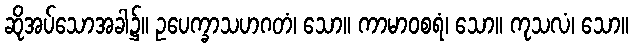
ဆိုအပ်သောအခါ၌။ ဥပေက္ခာသဟဂတံ၊ သော။ ကာမာဝစရံ၊ သော။ ကုသလံ၊ သော။